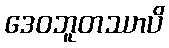
ဒေဝဘူတဿာပိ